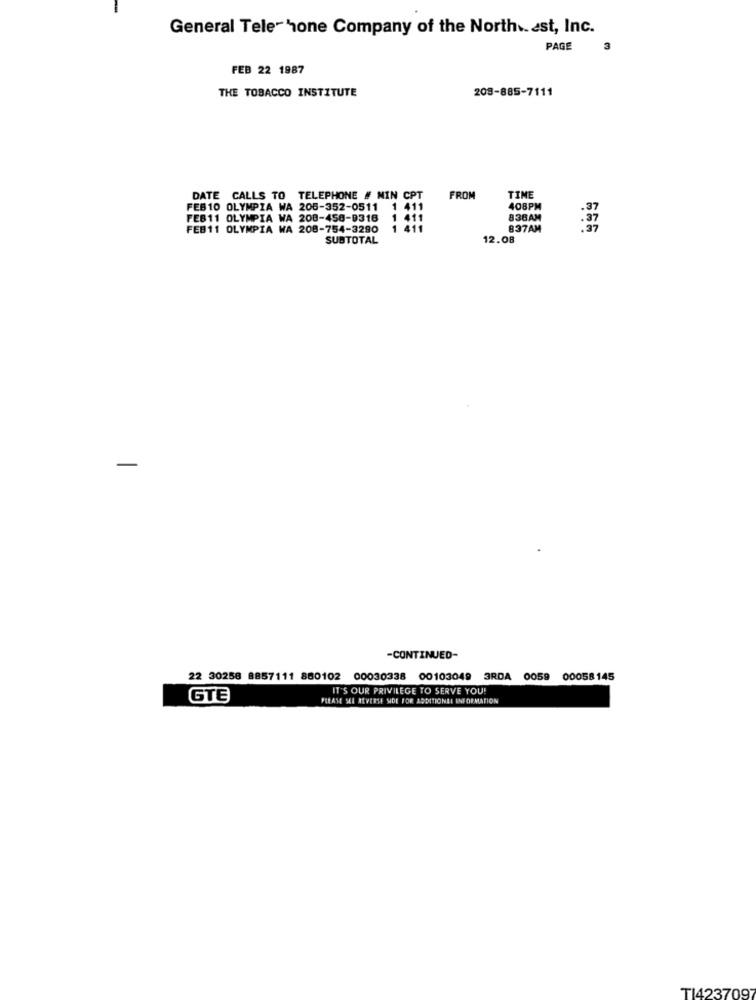
General Tele- hone Company of the North .. est, Inc.
PAGE
FEB 22 1987
THE TOBACCO INSTITUTE
208-885-7111
DATE CALLS TO TELEPHONE # NIN CPT
FROM
TIME
FEB10 OLYMPIA WA 205-352-0511 1 411
408PM
FEB11 OLYMPIA WA 208-458-9316
838AM
FEB11 OLYMPIA WA 208-754-3290
1 411
837AM
656
SUBTOTAL
12.08
-
-CONTINUED-
22 30258 8857111 860102 00030338 00103049 3RDA 0059 00058145
IT'S OUR PRIVILEGE TO SERVE YOU!
GTE
PLEASE SEE REVERSE SIDE FOR ADDITIONAL INFORMATION
TI423709